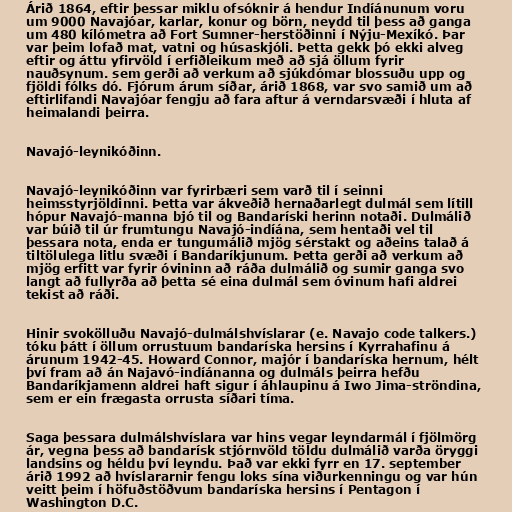
Árið 1864, eftir þessar miklu ofsóknir á hendur Indíánunum voru
um 9000 Navajóar, karlar, konur og börn, neydd til þess að ganga
um 480 kílómetra að Fort Sumner-herstöðinni í Nýju-Mexíkó. Þar
var þeim lofað mat, vatni og húsaskjóli. Þetta gekk þó ekki alveg
eftir og áttu yfirvöld í erfiðleikum með að sjá öllum fyrir
nauðsynum. sem gerði að verkum að sjúkdómar blossuðu upp og
fjöldi fólks dó. Fjórum árum síðar, árið 1868, var svo samið um að
eftirlifandi Navajóar fengju að fara aftur á verndarsvæði í hluta af
heimalandi þeirra.

Navajó-leynikóðinn.

Navajó-leynikóðinn var fyrirbæri sem varð til í seinni
heimsstyrjöldinni. Þetta var ákveðið hernaðarlegt dulmál sem lítill
hópur Navajó-manna bjó til og Bandaríski herinn notaði. Dulmálið
var búið til úr frumtungu Navajó-indíána, sem hentaði vel til
þessara nota, enda er tungumálið mjög sérstakt og aðeins talað á
tiltölulega litlu svæði í Bandaríkjunum. Þetta gerði að verkum að
mjög erfitt var fyrir óvininn að ráða dulmálið og sumir ganga svo
langt að fullyrða að þetta sé eina dulmál sem óvinum hafi aldrei
tekist að ráði.

Hinir svokölluðu Navajó-dulmálshvíslarar (e. Navajo code talkers.)
tóku þátt í öllum orrustuum bandaríska hersins í Kyrrahafinu á
árunum 1942-45. Howard Connor, majór í bandaríska hernum, hélt
því fram að án Najavó-indíánanna og dulmáls þeirra hefðu
Bandaríkjamenn aldrei haft sigur í áhlaupinu á Iwo Jima-ströndina,
sem er ein frægasta orrusta síðari tíma.

Saga þessara dulmálshvíslara var hins vegar leyndarmál í fjölmörg
ár, vegna þess að bandarísk stjórnvöld töldu dulmálið varða öryggi
landsins og héldu því leyndu. Það var ekki fyrr en 17. september
árið 1992 að hvíslararnir fengu loks sína viðurkenningu og var hún
veitt þeim í höfuðstöðvum bandaríska hersins í Pentagon í
Washington D.C.